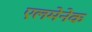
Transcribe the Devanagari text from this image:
एलमेनेक